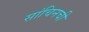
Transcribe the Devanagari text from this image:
सांचिनची